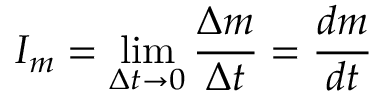
I _ { m } = \operatorname* { l i m } _ { \Delta t \rightarrow 0 } { \frac { \Delta m } { \Delta t } } = { \frac { d m } { d t } }